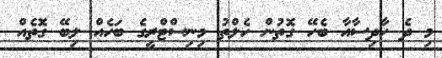
މި ދެ ހާދިސާއާ ބެހޭ ގޮތުން ހެލްތު މިނިސްޓްރީގެ ބަހެއް ލިބޭ ގޮތެއް